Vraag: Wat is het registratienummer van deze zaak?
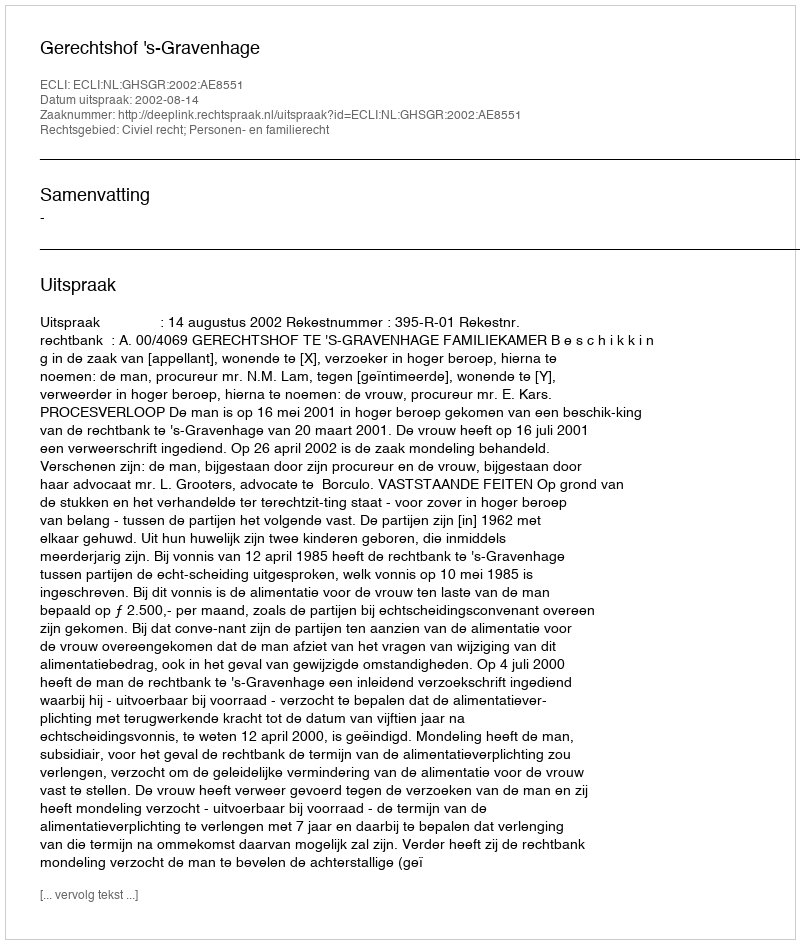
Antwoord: http://deeplink.rechtspraak.nl/uitspraak?id=ECLI:NL:GHSGR:2002:AE8551